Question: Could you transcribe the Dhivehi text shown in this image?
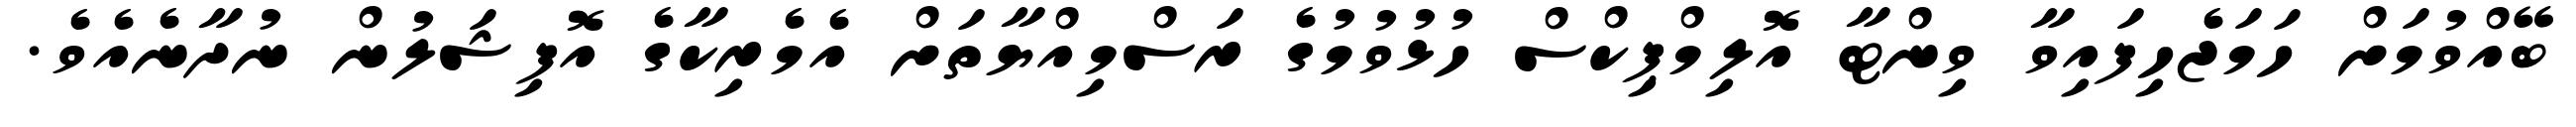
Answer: ބޭއްވުމަށް ހަމަޖެހިފައިވާ ވިންޓާ އޮލިމްޕިކްސް ހުޅުވުމުގެ ރަސްމިއްޔާތަށް އެމެރިކާގެ އޮފިޝަލުން ނުދާނެއެވެ.